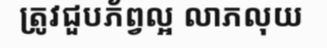
ត្រូវជួបភ័ព្វល្អ លាភលុយ